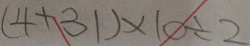
( 4 + 3 1 ) \times 1 0 \div 2